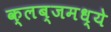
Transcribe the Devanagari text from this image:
क्लब्जमध्ये